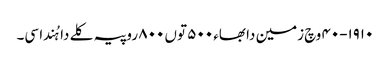
١٩١٠-٤٠ وچ زمین دا بھاء ٥٠٠ توں ٨٠٠ روپیہ کلے دا ہُندا سی۔